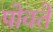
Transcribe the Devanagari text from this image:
पोवते